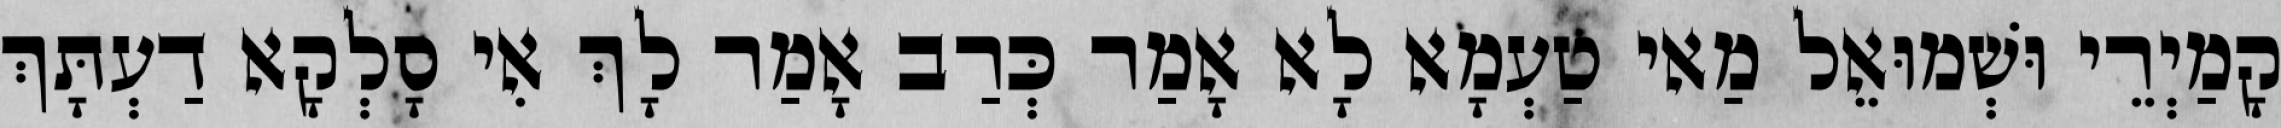
קָמַיְרֵי וּשְׁמוּאֵל מַאי טַעְמָא לָא אָמַר כְּרַב אָמַר לָךְ אִי סָלְקָא דַעְתָּךְ